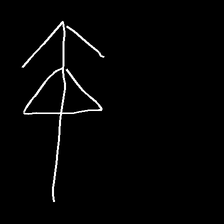
Glyph: pull